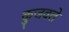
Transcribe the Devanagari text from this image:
कुजवले